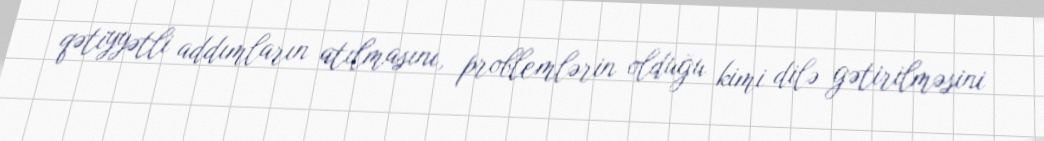
qətiyyətli addımların atılmasını, problemlərin olduğu kimi dilə gətirilməsini